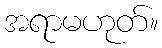
အရာမဟုတ်။